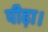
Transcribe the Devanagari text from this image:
पीढ़ा।